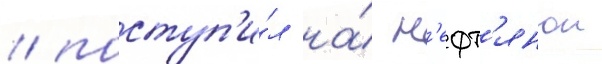
/ поступ'и́л на́ н'ефт'янои